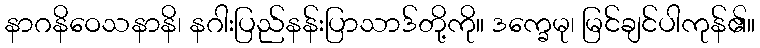
နာဂနိဝေသနာနိ၊ နဂါးပြည်နန်းပြာသာဒ်တို့ကို။ ဒက္ခေမု၊ မြင်ချင်ပါကုန်၏။